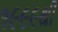
૧૯૯૯થી